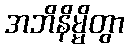
အဘိနိမ္မိတွာ